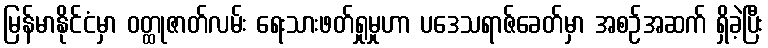
မြန်မာနိုင်ငံမှာ ဝတ္ထုဇာတ်လမ်း ရေးသားဖတ်ရှုမှုဟာ ပဒေသရာဇ်ခေတ်မှာ အစဉ်အဆက် ရှိခဲ့ပြီး